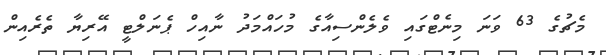
މެޗުގެ 63 ވަނަ މިނެޓްގައި ވެލެންސިއާގެ މުހައްމަދު ނާއިހް ޕެނަލްޓީ އޭރިޔާ ތެރެއިން